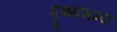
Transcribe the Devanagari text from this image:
दृश्यगम्य